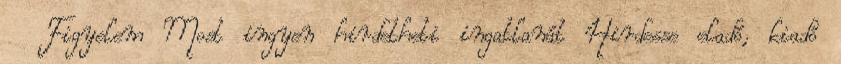
Figyelem Most ingyen hirdetheti ingatlanát Hirdesse eladó, kiadó